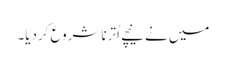
میں نے نیچے اُترنا شروع کردیا۔